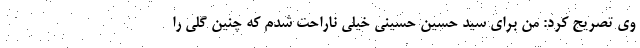
وی تصریح کرد: من برای سید حسین حسینی خیلی ناراحت شدم که چنین گلی را